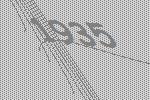
1935